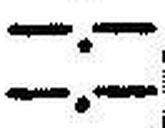
—.—